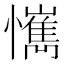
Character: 𢤮